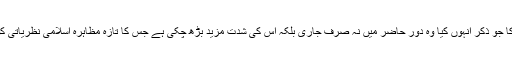
علما ء کے مابین سر پھٹول کا جو ذکر انہوں کیا وہ دور حاضر میں نہ صرف جاری بلکہ اس کی شدت مزید بڑھ چکی ہے جس کا تازہ مظاہرہ اسلامی نظریاتی کونسل کی اجلاس میں ہوا ہے۔